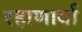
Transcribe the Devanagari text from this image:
रहाणार्या